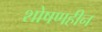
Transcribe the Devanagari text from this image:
शोषणहीन